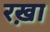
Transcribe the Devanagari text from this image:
रख़ा